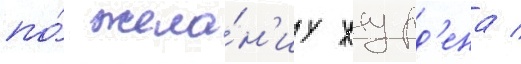
по́ жела́н'иу журд'ена /